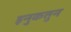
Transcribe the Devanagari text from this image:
इनुकतुन